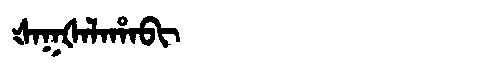
Manchu: ᡧᠠᡴᡧᠠᠯᠠᡥᠠᠪᡳ
Romanization: ŠAKŠALAHABI